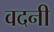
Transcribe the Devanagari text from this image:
वदनी